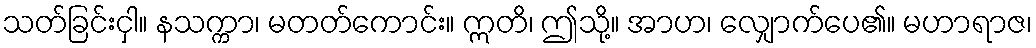
သတ်ခြင်းငှါ။ နသက္ကာ၊ မတတ်ကောင်း။ ဣတိ၊ ဤသို့။ အာဟ၊ လျှောက်ပေ၏။ မဟာရာဇ၊